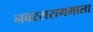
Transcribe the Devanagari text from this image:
नवरसरागमाला